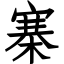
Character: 寨